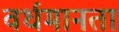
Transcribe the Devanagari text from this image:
वर्धमानता